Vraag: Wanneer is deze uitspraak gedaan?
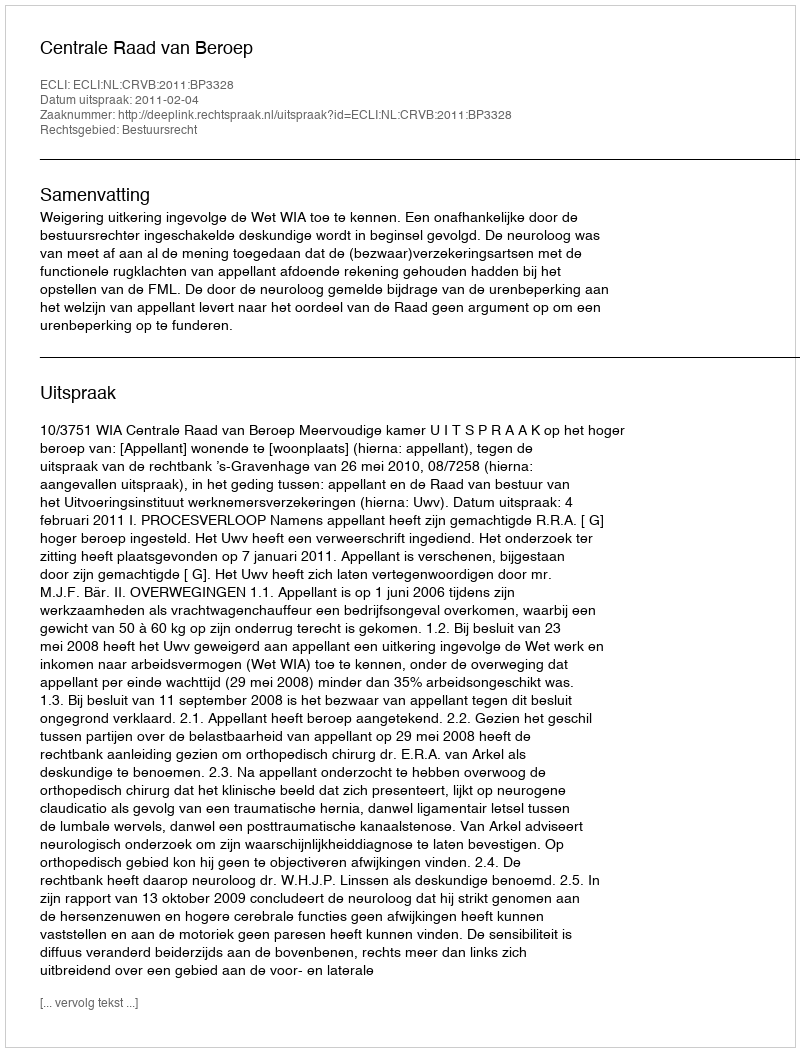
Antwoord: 2011-02-04